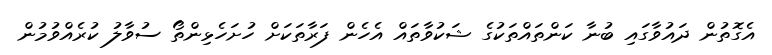
އެގޮތުން ދައުވާގައި ބުނާ ކަންތައްތަކުގެ ޝަކުވާތައް އެހެން ފަރާތަކަށް ހުށަހެޅިންތޯ ސުވާލު ކުރެއްވުމުން